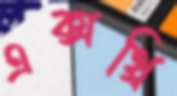
এক্সথ্রি